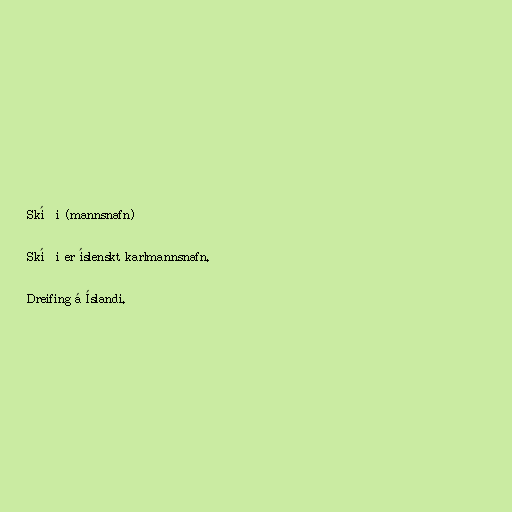
Skíði (mannsnafn)

Skíði er íslenskt karlmannsnafn.

Dreifing á Íslandi.